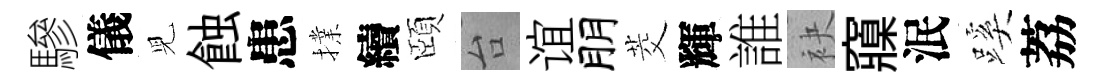
驂儀児蝕患擈續頤台谊朋茭輝誰袂䆿泯蹊荔